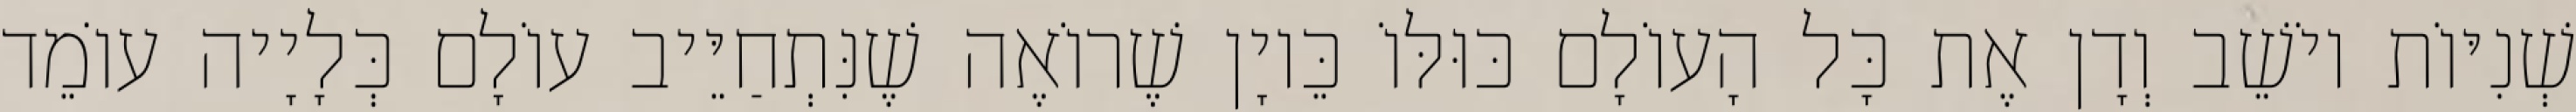
שְׁנִיּוֹת יוֹשֵׁב וְדָן אֶת כָּל הָעוֹלָם כּוּלּוֹ כֵּיוָן שֶׁרוֹאֶה שֶׁנִּתְחַיֵּיב עוֹלָם כְּלָיָיה עוֹמֵד